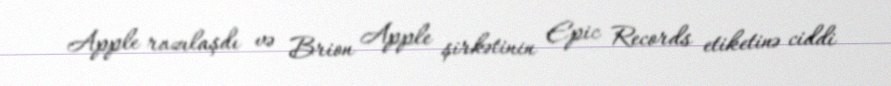
Apple razılaşdı və Brion Apple şirkətinin Epic Records etiketinə ciddi